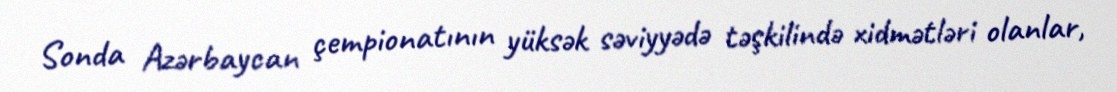
Sonda Azərbaycan çempionatının yüksək səviyyədə təşkilində xidmətləri olanlar,